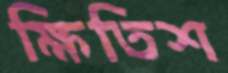
ক্ষিতিশ